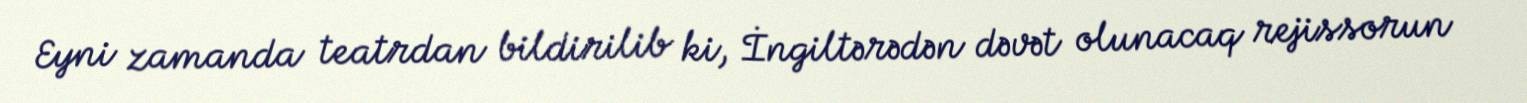
Eyni zamanda teatrdan bildirilib ki, İngiltərədən dəvət olunacaq rejissorun